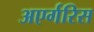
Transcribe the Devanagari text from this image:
अएर्गरिस